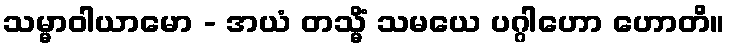
သမ္မာဝါယာမော - အယံ တသ္မိံ သမယေ ပဂ္ဂါဟော ဟောတိ။